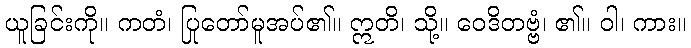
ယူခြင်းကို။ ကတံ၊ ပြုတော်မူအပ်၏။ ဣတိ၊ သို့။ ဝေဒိတဗ္ဗံ၊ ၏။ ဝါ၊ ကား။